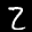
Label: 2